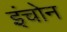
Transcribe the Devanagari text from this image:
इंचोन